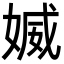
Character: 媙